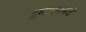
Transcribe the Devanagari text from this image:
हुमाइनकडे